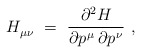
\begin{align*} H_{\mu\nu}^{}~ =~\frac{\partial^2 H}{\partial p\>\!^\mu \, \partial p\>\!^\nu}~, \end{align*}